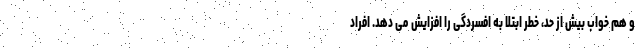
و هم خواب بیش از حد، خطر ابتلا به افسردگی را افزایش می دهد. افراد